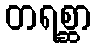
တရစ္ဆာ